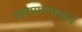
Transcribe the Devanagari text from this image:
महाप्रशासकांचे